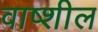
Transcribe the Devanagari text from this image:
वाष्शील